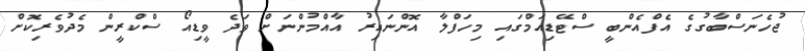
ޖުހެނަސްބާގުގެ އެފްއެންބީ ސްޓޭޑިއަމްގައި މިހަފްލާ އޮންނައިރު އާއްމުންނަށް ވަދެ ވީޑިއޯ ސްކްރީން މެދުވެރިކޮށް